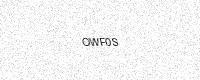
Text: OWF0S